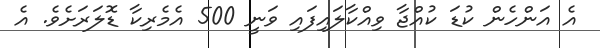
އެ އަންހެން ކުޑަ ކުއްޖާ ވިއްކާލައިފައި ވަނީ 500 އެމެރިކާ ޑޮލަރަށެވެ. އެ